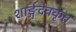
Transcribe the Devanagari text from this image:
शार्ङ्गदेवकृत